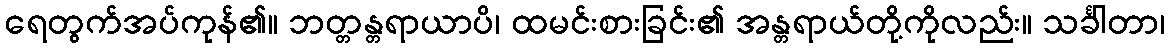
ရေတွက်အပ်ကုန်၏။ ဘတ္တန္တရာယာပိ၊ ထမင်းစားခြင်း၏ အန္တရာယ်တို့ကိုလည်း။ သင်္ခါတာ၊